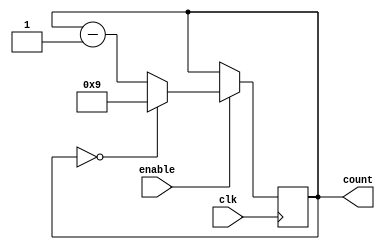
module BCD_Down_Counter_with_Enable (
  input wire clk,
  input wire enable,
  output reg [3:0] count
);

  always @(posedge clk) begin
    if (enable) begin
      if (count == 4'b0000) begin
        count <= 4'b1001; // Load initial value 9
      end
      else begin
        count <= count - 1; // Decrement count by 1
      end
    end
  end

endmodule